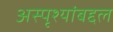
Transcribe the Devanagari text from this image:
अस्पृश्यांबद्दल